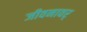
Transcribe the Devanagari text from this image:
जीवनावर्